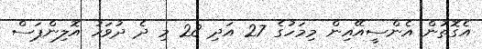
އެގޮތުން އެންސީއޭއިން މިމަހުގެ 27 އަދި 28 މި ދެ ދުވަހު އޮލިންޕަސް